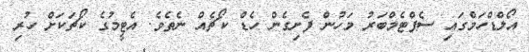
އޯލްޑްހަމްގައި ސެޕްޓެމްބަރު މަހުން ފެށިގެން ހެޑް ކޯޗެއް ނެތެވެ. އެޓީމުގެ ކޯޗަކަށް ހުރި